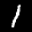
Label: 1